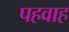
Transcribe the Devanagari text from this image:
पहवाह